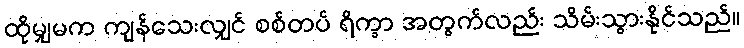
ထိုမျှမက ကျန်သေးလျှင် စစ်တပ် ရိက္ခာ အတွက်လည်း သိမ်းသွားနိုင်သည်။